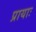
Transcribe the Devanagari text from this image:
प्रायाः